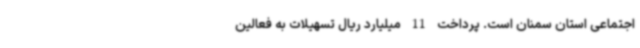
اجتماعی استان سمنان است. پرداخت 11 میلیارد ریال تسهیلات به فعالین